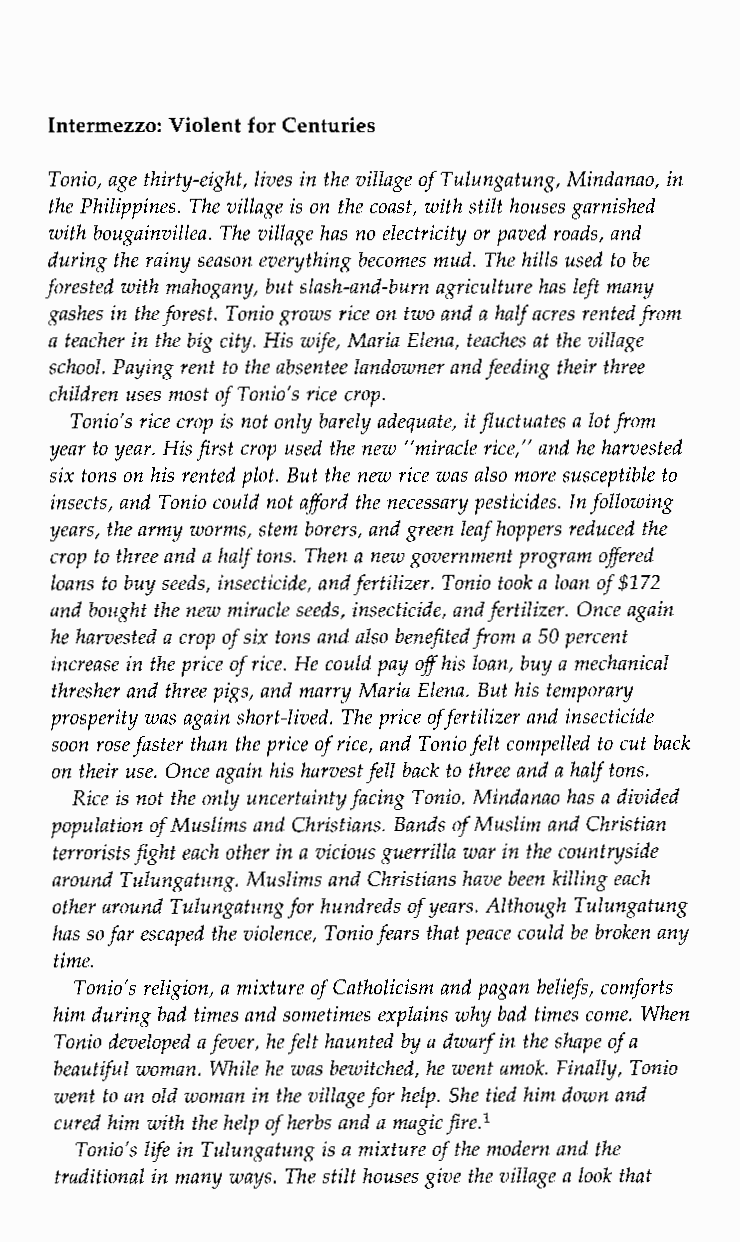
Intermezzo: Violent for Centuries
 Tonio, age thirty-eight, lives in the village of Tulungatung, Mindanao, in
 the Philippines. The village is on the coast, with stilt houses garnished
 with bougainvillea. The village has no electricity or paved roads, and
 during the rainy season everything becomes mud. The hills used to be
 forested with mahogany, but slash-and-burn agriculture has left many
 gashes in the forest. Tonio grows rice on two and haa lf acres rentedfrom
 a teacher in the big city. His wife, Maria Elena, teaches at the village
 school. Paying rent to the absentee landowner and feeding their three
 children uses most of Tonio’s rice crop.
 Tonio’s rice crop is not only barely adequate, it fluctuates a lot from
 year to year. His first crop used the new “miracle rice,” and he harvested
 six tons on his rented plot. But the new rice was also more susceptible to
 insects, and Tonio could not afford the necessary pesticides. In following
 years, the army worms, stem borers, and green leaf hoppers reduced the
 crop to three and a half tons. Then a new government programo ffered
 loans to buy seeds, insecticide, and fertilizer. Tonio took a loan of $712
 and bought the new miracle seeds, insecticide, and fertilizer. Once again
 he harvested a crop of six tons and also benefitefdr om a 50 percent
 increase in the price of rice. He could payo f his loan, buy a mechanical
 thresher and three pigs, and marry Maria Elena. But his temporary
 prosperity was again short-lived. The priceo f fertilizer and insecticide
 soon rose faster than the pricoef rice, and Tonio felt compelled tcou t back
 on their use. Once again his harvest fell back to three and a half tons.
 Rice is not the only uncertainty facing Tonio. Mindanao has a divided
 population of Muslims and Christians. Bands of Muslim and Christian
 terrorists fight each otherin a vicious guerrilla war in the countryside
 around Tulungatung. Muslims and Christians have been killing each
 other around Tulungatungf or hundreds of years. Although Tulungatung
 has so far escaped the violence, Toniof ears that peace could be broken any
 time.
 Tonio’s religion, a mixture of Catholicism and pagan beliefs, comforts
 him during bad times and sometimes explains why bad times come. When
 Tonio developed af ever, he felt haunted by a dwarf in the shape of a
 beautiful woman. While he was bewitched, he went amok. Finally, Tonio
 went to an old woman in the village for help. She tied him down and
 cured him with the help of herbs and am agicfire.l
 Tonio’s life in Tulungatung is a mixture of the modern and the
 traditional in many ways. The stilt houses give the village a look that